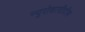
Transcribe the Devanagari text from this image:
न्यूरोकाग्नीटीव